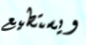
ويستطيع